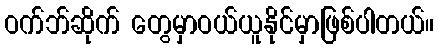
ဝက်ဘ်ဆိုက် တွေမှာဝယ်ယူနိုင်မှာဖြစ်ပါတယ်။